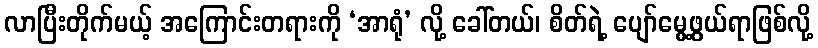
လာပြီးတိုက်မယ့် အကြောင်းတရားကို ‘အာရုံ’ လို့ ခေါ်တယ်၊ စိတ်ရဲ့ ပျော်မွေ့ဖွယ်ရာဖြစ်လို့